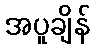
အပူချိန်